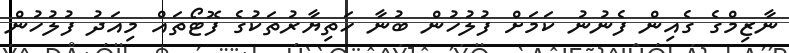
ނާޒިމްގެ ގެއިން ފެނުނު ކަމަށް ފުލުހުން ބުނާ ހަތިޔާރުތަކުގެ ފޮޓޯތައް މިއަދު ފުލުހުން